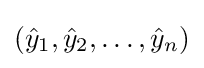
({\hat {y}}_{1},{\hat {y}}_{2},\ldots ,{\hat {y}}_{n})